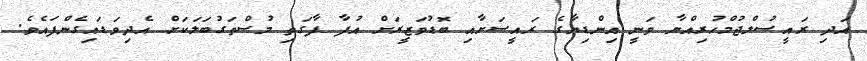
އަދި ރައީސުލްޖުމްހުރިއްޔާ ވަނީ އިންޑިޔާގެ ރައީސަށާއި ބޮޑުވަޒީރަށް އުފާ ފާގަތި މުސްތަގުބަލަކަށް އެދިވަޑައިގެންފައެވެ.